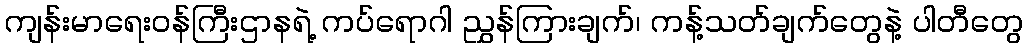
ကျန်းမာရေးဝန်ကြီးဌာနရဲ့ ကပ်ရောဂါ ညွှန်ကြားချက်၊ ကန့်သတ်ချက်တွေနဲ့ ပါတီတွေ